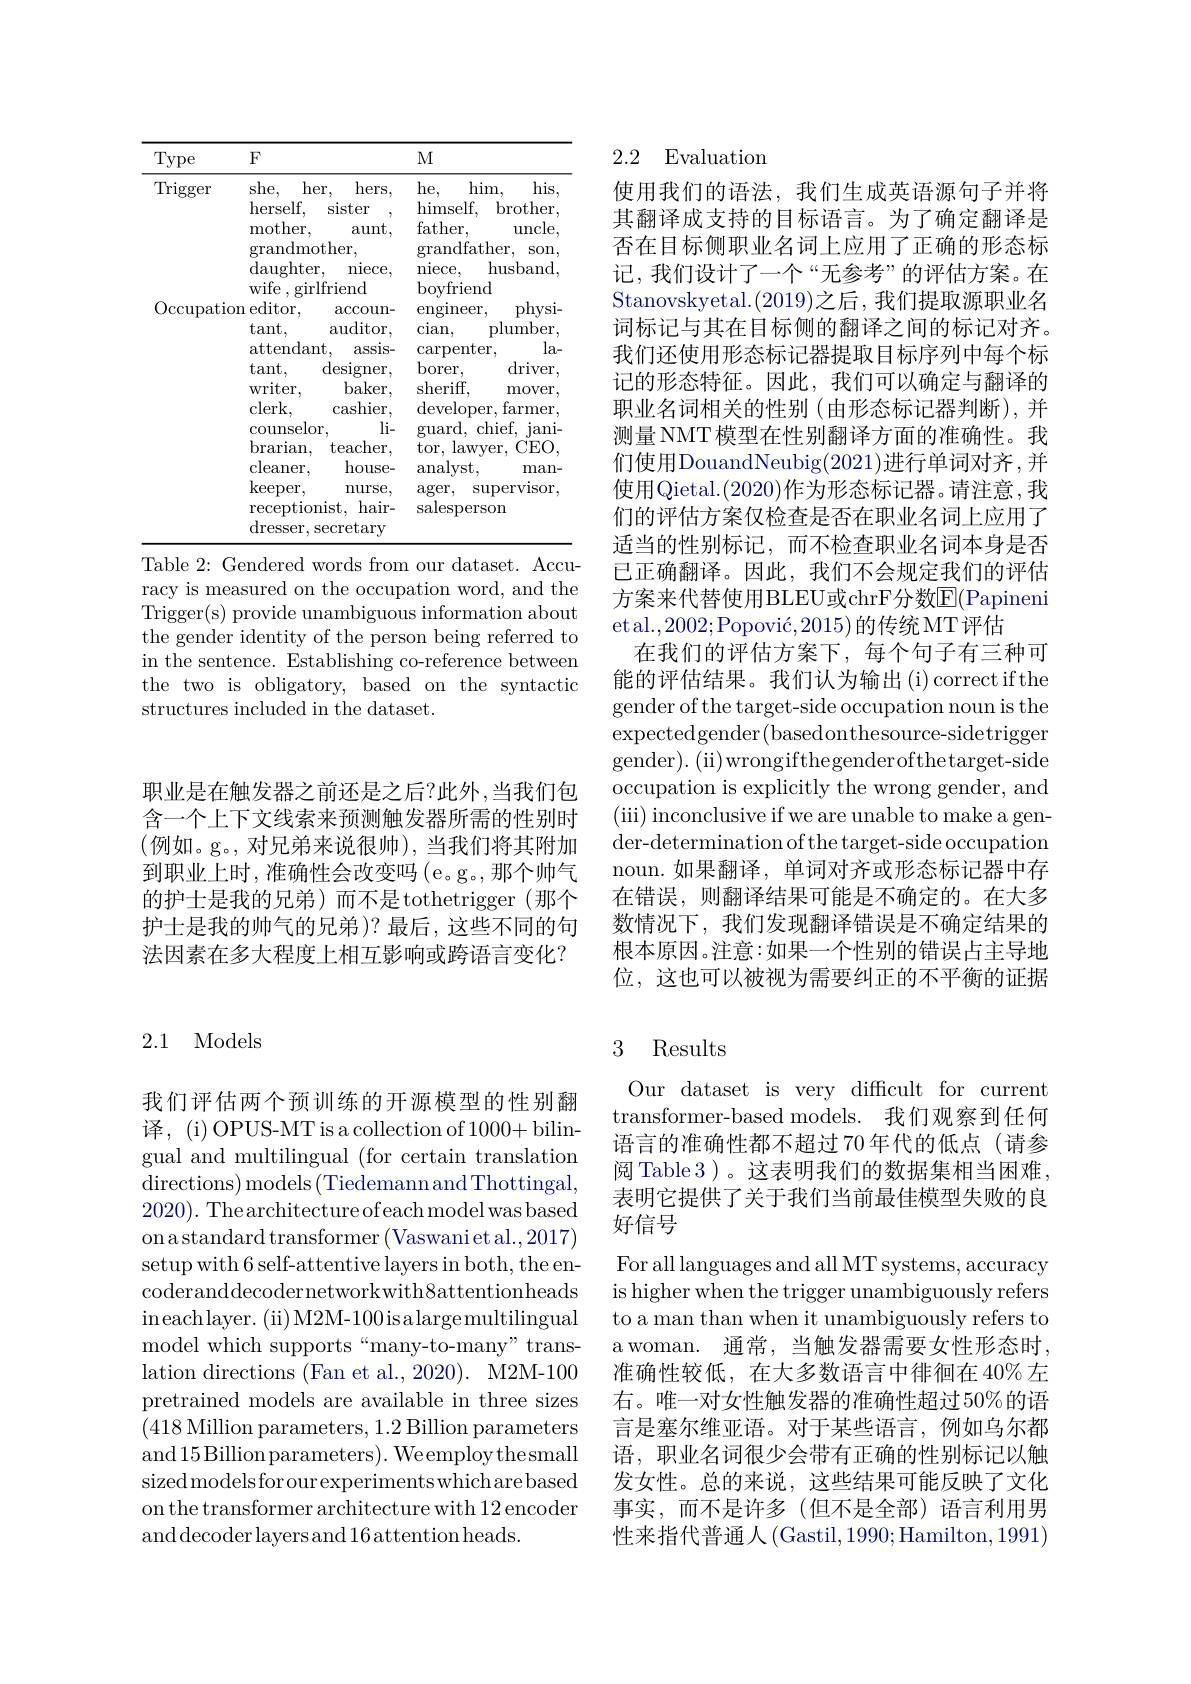
<table>
	<tbody>
		<tr>
			<th>Type</th>
			<th>$F$</th>
			<th>$M$</th>
		</tr>
		<tr>
			<td>Trigger</td>
			<td>she, her, hers, herself. sister mother aunt $\operatorname{grandmother}$, $\operatorname{daughter}$ ${\mathrm{niece}}$ $wif_{\mathrm{e}}$ $\sigma$irlfriend</td>
			<td>he, $\hom.$ his himself brother father, uncle grandfather, SOn niece. husband howfriend $r$</td>
		</tr>
		<tr>
			<td>Occupatio</td>
			<td>$\operatorname{vile},\operatorname{girilriend}$ $\operatorname{on}$editor, $\operatorname{accoun-}$ tant, $\operatorname{auditor}$, attendant, assis- tant, designer, writer, $baker$, clerk, cashier, $\operatorname{counselor}$, $\lim_{-}$ brarian, $\operatorname{teacher}$, cleaner, house- $\ker$per, $\operatorname{nurse}$, receptionist, hair- dresser, secretarv</td>
			<td>DOyIriema physi- $\operatorname{engineer}$, $\operatorname{cian}$, plumber, $\operatorname{carpenter}$, $la-$ $borer$, $driver$, sheriff, mover developer, farmer guard, $,{\mathrm{~chief,~jani-}}$ tor, lawyer, $\textbf{( }$ CEO. $\operatorname{analyst}$, man- $\arg$er, $\operatorname{supervlsor}$ salesperson</td>
		</tr>
	</tbody>
</table>
Table 2: Gendered words from our dataset. Accu-

racy is measured on the occupation word, and the Trigger(s) provide unambiguous information about the gender identity of the person being referred to in the sentence. Establishing co-reference between the two is obligatory, based on the syntactic structures included in the dataset.

职业是在触发器之前还是之后？此外，当我们包含一个上下文线索来预测触发器所需的性别时(例如。g。, 对兄弟来说很帅), 当我们将其附加到职业上时，准确性会改变吗(e。g。,那个帅气的护士是我的兄弟)而不是tothetrigger(那个护士是我的帅气的兄弟 )? 最后，这些不同的句法因素在多大程度上相互影响或跨语言变化？

## 2.1 Models

我们评估两个预训练的开源模型的性别翻译，(i) OPUS-MT is a collection of 1000+ bilingual and multilingual (for certain translation directions) models$\left ( {\mathrm{Tiedemannand~Thottingal, }}\right .$ 2020). The architecture ofeach model was based onastandard transformer (Vaswanietal.,2017) setup with 6 self-attentive layers in both, the encoderanddecodernetworkwith8attentionheads ineachlayer. ( ii) M2M- 100isalargemultilingual model which supports“many-to-many” translation directions (Fan et al., 2020). M2M-100 pretrained models are available in three sizes (418 Million parameters, 1.2 Billion parameters and 15 Billion parameters). We employ the small sized models for our experiments which are based on the transformer architecture with 12 encoder anddecoderlayersand16attentionheads.

# 2.2 Evaluation

使用我们的语法，我们生成英语源句子并将其翻译成支持的目标语言。为了确定翻译是否在目标侧职业名词上应用了正确的形态标记，我们设计了一个“无参考”的评估方案。在Stanovskyetal.(2019)之后，我们提取源职业名词标记与其在目标侧的翻译之间的标记对齐。我们还使用形态标记器提取目标序列中每个标记的形态特征。因此，我们可以确定与翻译的职业名词相关的性别(由形态标记器判断),并测量 NMT 模型在性别翻译方面的准确性。我们使用DouandNeubig(2021)进行单词对齐，并使用Qietal.(2020)作为形态标记器。请注意，我们的评估方案仅检查是否在职业名词上应用了适当的性别标记，而不检查职业名词本身是否已正确翻译。因此，我们不会规定我们的评估方案来代替使用BLEU或chrF分数E(Papineni etal.$, 2002; \text{Popovi\' {c}}, 2015)$的传统MT评估
在我们的评估方案下，每个句子有三种可能的评估结果。我们认为输出(i)correct if the gender of the target-side occupation noun is the expectedgender(basedonthesource-sidetrigger gender) . ( ii) wrongifthegenderofthetarget- side occupation is explicitly the wrong gender, and (iii) inconclusive if we are unable to make a gen- ${\text{der-determination of the target-side occupation}}$ noun.如果翻译，单词对齐或形态标记器中存在错误，则翻译结果可能是不确定的。在大多数情况下，我们发现翻译错误是不确定结果的根本原因。注意：如果一个性别的错误占主导地位，这也可以被视为需要纠正的不平衡的证据

## 3 Results

Our dataset is very difficult for current transformer-based models. 我们观察到任何语言的准确性都不超过70年代的低点(请参阅 Table 3 )。这表明我们的数据集相当困难表明它提供了关于我们当前最佳模型失败的良好信号

For all languages and all MT systems, accuracy is higher when the trigger unambiguously refers to a man than when it unambiguously refers to a woman. 通常，当触发器需要女性形态时准确性较低，在大多数语言中徘徊在 40% 左右。唯一对女性触发器的准确性超过50%的语言是塞尔维亚语。对于某些语言，例如乌尔都语，职业名词很少会带有正确的性别标记以触发女性。总的来说，这些结果可能反映了文化事实，而不是许多(但不是全部)语言利用男性来指代普通人(Gastil,1990;Hamilton,1991)